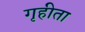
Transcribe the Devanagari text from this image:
गृहीता